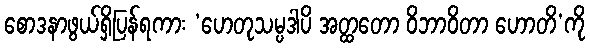
စောဒနာဖွယ်ရှိပြန်ရကား ‘ဟေတုသမ္ပဒါပိ အတ္ထတော ဝိဘာဝိတာ ဟောတိ’ကို